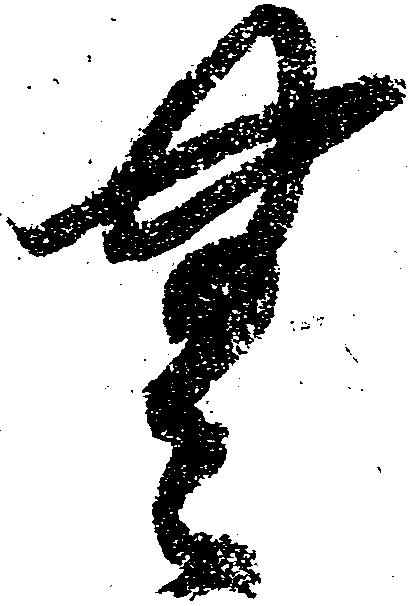
無